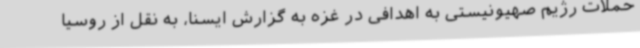
حملات رژیم صهیونیستی به اهدافی در غزه به گزارش ایسنا، به نقل از روسیا